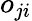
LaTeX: o_{ji}